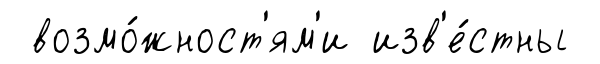
возмо́жност'ям'и изв'е́стны